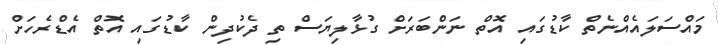
މައްސަލައެއްނެތް ކާޑުގައި އޮތް ނަންބަރަށް ގުޅާލިޔަސް ތި ދެކުދިން ކާޑުގައި އޮތް އެޑްރެހަށް